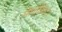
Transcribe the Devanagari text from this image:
मेथोडिस्ट।